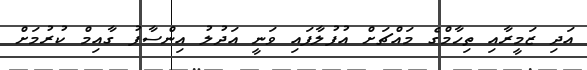
އަދި ޒަމީރާއި ތިހާމްގެ މައްޗަށް އުފުލާފައި ވަނީ އަދުލު އިންސާފު ގާއިމް ކުރުމަށް